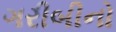
ગરીબીનો